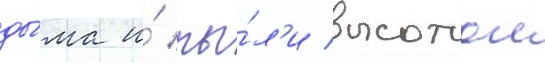
ды́ма и́ пы́л'и высотои